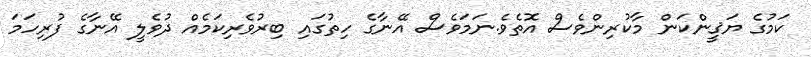
ކަމުގެ ޔަޤީންކަން މާކުރިންވެސް އޮތެވެ.ނަމަވެސް އޭނާގެ ހިތުގައި ބިރުވެރިކަމެއް ދުވެލީ އޭނާގެ ފުރިހަމަ